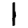
Digit: 1